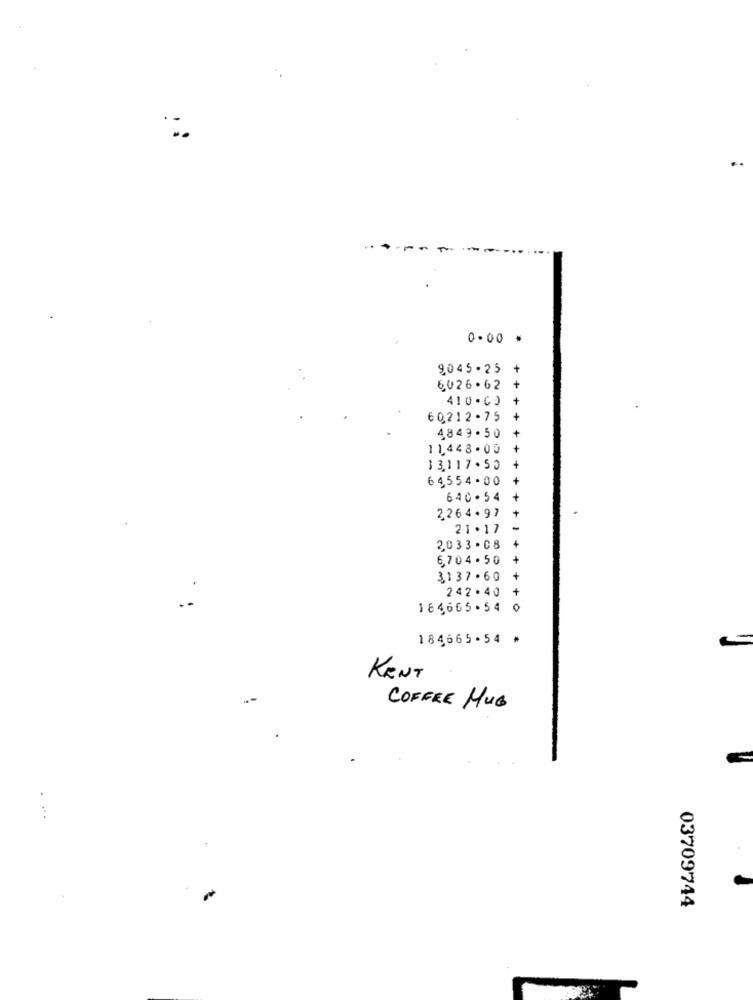
..
0-00 *
9045-25
+
6026.62
410 . C)
60,212.75
4849.50
11448.00
13.117.50
64554.00
640.54
2264.97
21.17
2033 .08
6704. 50
3,137.60
242.40
184665.54
0
184665-54 *
KENT
COFFEE MUG
03709744